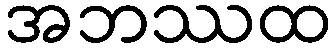
အဘဿထ